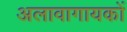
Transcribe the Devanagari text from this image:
अलावागायकों